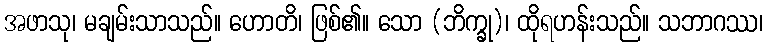
အဖာသု၊ မချမ်းသာသည်။ ဟောတိ၊ ဖြစ်၏။ သော (ဘိက္ခု)၊ ထိုရဟန်းသည်။ သဘာဂဿ၊